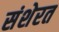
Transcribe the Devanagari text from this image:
संशेरत